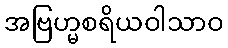
အဗြဟ္မစရိယဝါသာဝ